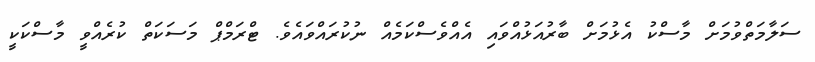
ސަލާމަތްވުމަށް މާސްކު އެޅުމަށް ބާރުއަޅުއްވައި އެއްވެސްކަމެއް ނުކުރައްވައެވެ. ޓްރަމްޕް މަސަކަތް ކުރެއްވީ މާސްކަކީ